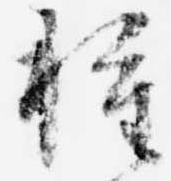
種